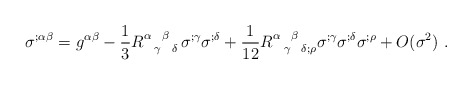
\begin{align*}\sigma ^{;\alpha \beta}=g^{\alpha \beta}-\frac{1}{3}R^{\alpha ~~\beta~~}_{~~\gamma~~\delta}\sigma ^{;\gamma } \sigma ^{;\delta }+\frac{1}{12} R^{\alpha~~\beta~~}_{~~\gamma~~\delta;\rho }\sigma ^{;\gamma }\sigma ^{;\delta }\sigma^{;\rho}+O(\sigma^2)~.\end{align*}